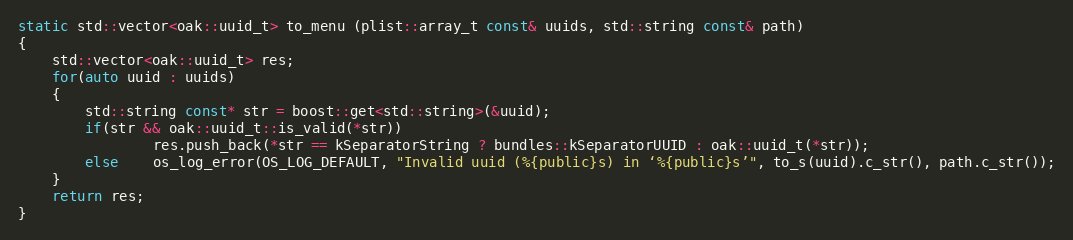
Language: C++
static std::vector<oak::uuid_t> to_menu (plist::array_t const& uuids, std::string const& path)
{
	std::vector<oak::uuid_t> res;
	for(auto uuid : uuids)
	{
		std::string const* str = boost::get<std::string>(&uuid);
		if(str && oak::uuid_t::is_valid(*str))
				res.push_back(*str == kSeparatorString ? bundles::kSeparatorUUID : oak::uuid_t(*str));
		else	os_log_error(OS_LOG_DEFAULT, "Invalid uuid (%{public}s) in ‘%{public}s’", to_s(uuid).c_str(), path.c_str());
	}
	return res;
}